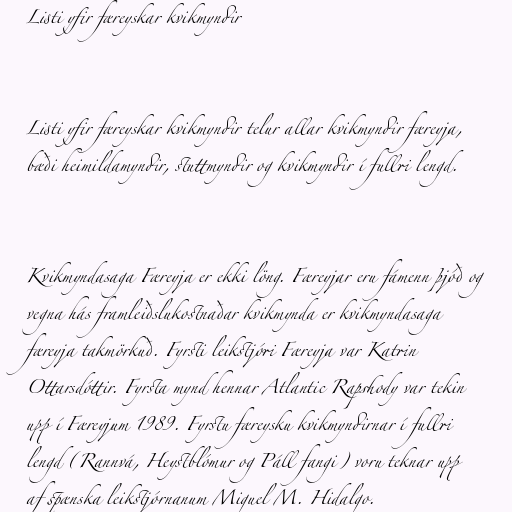
Listi yfir færeyskar kvikmyndir

Listi yfir færeyskar kvikmyndir telur allar kvikmyndir færeyja,
bæði heimildamyndir, stuttmyndir og kvikmyndir í fullri lengd.

Kvikmyndasaga Færeyja er ekki löng. Færeyjar eru fámenn þjóð og
vegna hás framleiðslukostnaðar kvikmynda er kvikmyndasaga
færeyja takmörkuð. Fyrsti leikstjóri Færeyja var Katrin
Ottarsdóttir. Fyrsta mynd hennar Atlantic Rapshody var tekin
upp í Færeyjum 1989. Fyrstu færeysku kvikmyndirnar í fullri
lengd (Rannvá, Heystblómur og Páll fangi) voru teknar upp
af spænska leikstjórnanum Miguel M. Hidalgo.